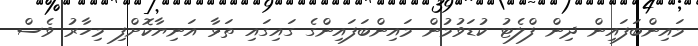
މައިންބަފައިން ދިން ފްލެޓު ކުޑަވުމުން މައިންބަފައިންގެ ގައިގައި ތަޅާ އަނިޔާކޮށްފި މިހާރު ވެސް